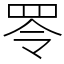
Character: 𦊓